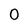
Character: 0